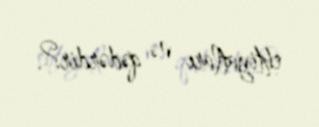
ehtiyatları nə qədərdir?.